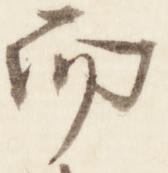
而